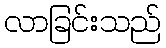
လာခြင်းသည်